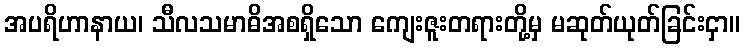
အပရိဟာနာယ၊ သီလသမာဓိအစရှိသော ကျေးဇူးတရားတို့မှ မဆုတ်ယုတ်ခြင်းငှာ။